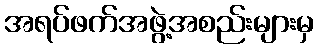
အရပ်ဖက်အဖွဲ့အစည်းများမှ